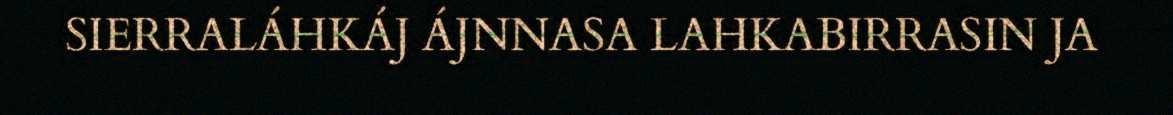
SIERRALÁHKÁJ ÁJNNASA LAHKABIRRASIN JA